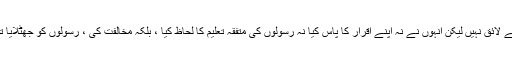
اس کے سوا کوئی اور عبادت کے لائق نہیں لیکن انہوں نے نہ اپنے اقرار کا پاس کیا نہ رسولوں کی متفقہ تعلیم کا لحاظ کیا ، بلکہ مخالفت کی ، رسولوں کو جھٹلایا تو کلمہ عذاب ان پر صادق آ گیا ۔